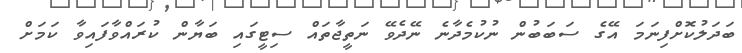
ބަދަލުކޮށްފިނަމަ އޭގެ ސަބަބުން ނުކުމެދާނެ ނޭދެވޭ ނަތީޖާތައް ސިޓީގައި ބަޔާން ކުރައްވާފައިވާ ކަމަށް